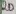
Text: 20